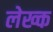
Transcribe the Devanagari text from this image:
लेख्क